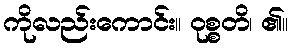
ကိုလည်းကောင်း။ ဝုစ္စတိ၊ ၏။